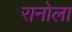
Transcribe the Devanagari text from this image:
रानोला